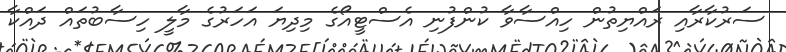
ސަރުކާރާއި ރައްޔިތުން ހިއްސާވާ ކުންފުނި އެސްޓީއޯގެ މިދިޔަ އަހަރުގެ މާލީ ހިސާބުތައް ދައްކާ